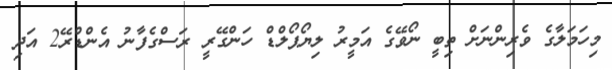
މިހަމަލާގެ ވެރިންނަށް ތިބީ ނޯވޭގެ އަމީރު ލިޔޯޕޯލްޑް ހަންގޭރީ ރަސްގެފާނު އެންޑްރޭ2 އަދި